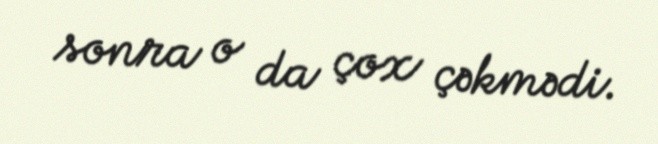
sonra o da çox çəkmədi.